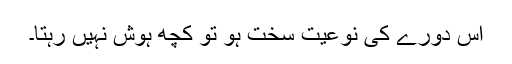
اس دورے کی نوعیت سخت ہو تو کچھ ہوش نہیں رہتا۔